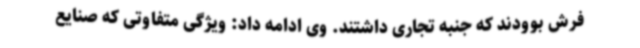
فرش بوودند که جنبه تجاری داشتند. وی ادامه داد: ویژگی متفاوتی که صنایع